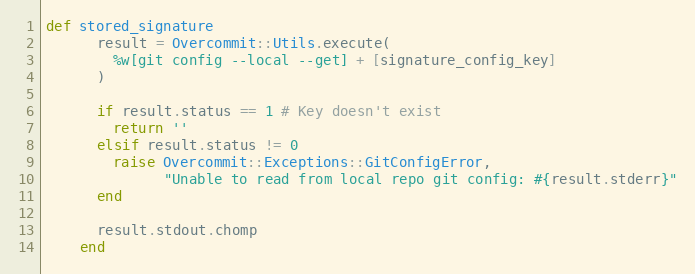
Language: Ruby
def stored_signature
      result = Overcommit::Utils.execute(
        %w[git config --local --get] + [signature_config_key]
      )

      if result.status == 1 # Key doesn't exist
        return ''
      elsif result.status != 0
        raise Overcommit::Exceptions::GitConfigError,
              "Unable to read from local repo git config: #{result.stderr}"
      end

      result.stdout.chomp
    end